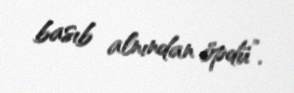
basıb alnından öpdü”.